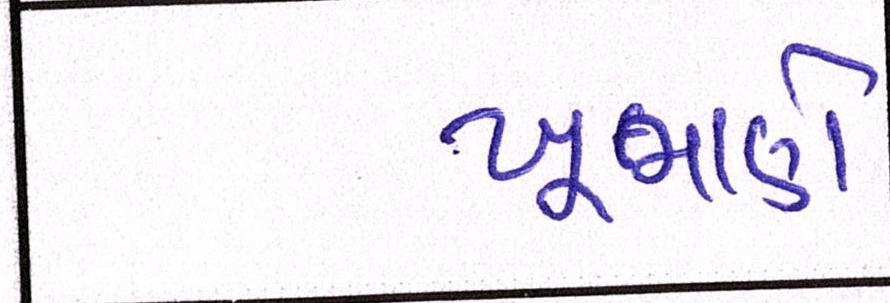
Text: ખૂમાણે